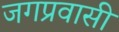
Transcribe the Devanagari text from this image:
जगप्रवासी